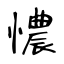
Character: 憹